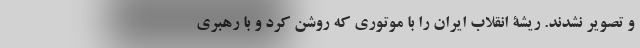
و تصویر نشدند. ریشۀ انقلاب ایران را با موتوری که روشن کرد و با رهبری